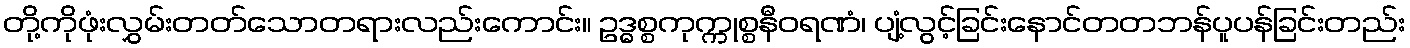
တို့ကိုဖုံးလွှမ်းတတ်သောတရားလည်းကောင်း။ ဥဒ္ဓစ္စကုက္ကုစ္စနီဝရဏံ၊ ပျံ့လွင့်ခြင်းနောင်တတဘန်ပူပန်ခြင်းတည်း